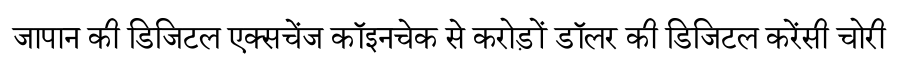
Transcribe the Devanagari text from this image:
जापान की डिजिटल एक्सचेंज कॉइनचेक से करोड़ों डॉलर की डिजिटल करेंसी चोरी